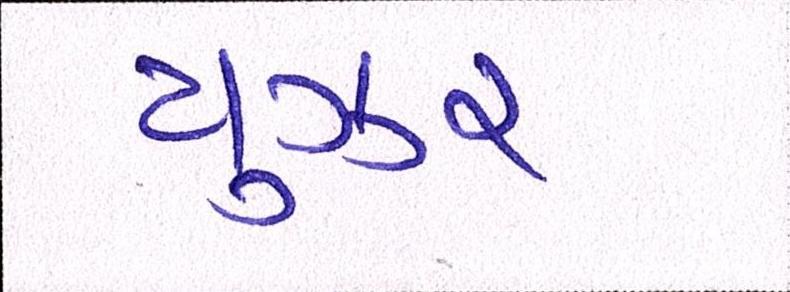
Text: યુઝર